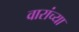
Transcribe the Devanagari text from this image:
वारांच्या